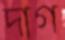
দাগ